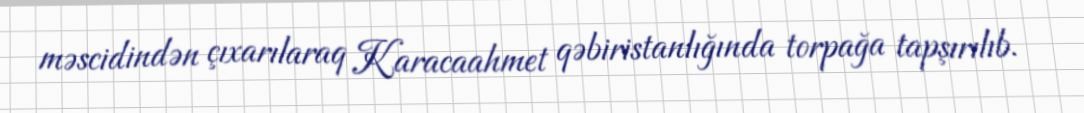
məscidindən çıxarılaraq Karacaahmet qəbiristanlığında torpağa tapşırılıb.